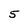
Character: 5